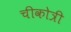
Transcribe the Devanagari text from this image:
चीकोत्री